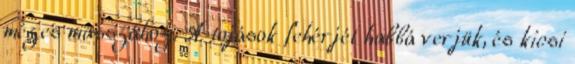
mézes masszához. A tojások fehérjét habbá verjük, és kicsi